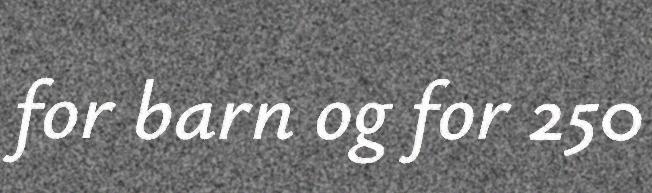
for barn og for 250